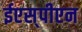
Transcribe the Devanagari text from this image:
ईएस्‌पीएन